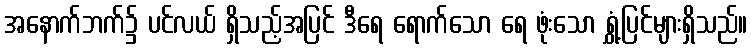
အနောက်ဘက်၌ ပင်လယ် ရှိသည့်အပြင် ဒီရေ ရောက်သော ရေ ဖုံးသော ရွှံ့ပြင်များရှိသည်။